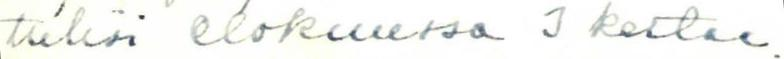
tulisi elokuussa 3 kertaa.